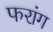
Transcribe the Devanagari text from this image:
फरांग